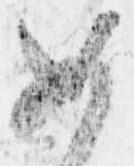
如